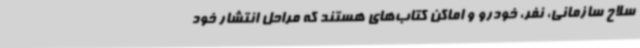
سلاح سازمانی، نفر، خودرو و اماکن کتاب‌های هستند که مراحل انتشار خود